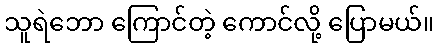
သူရဲဘော ကြောင်တဲ့ ကောင်လို့ ပြောမယ်။